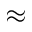
\approx